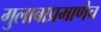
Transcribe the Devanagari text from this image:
गुलाबाप्रमाणेच